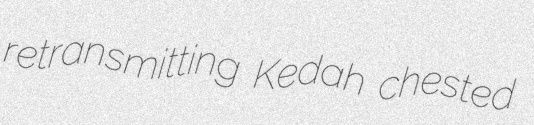
retransmitting Kedah chested